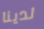
لدينا